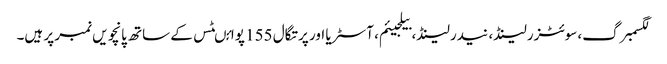
لگسمبرگ، سوئٹزرلینڈ، نیدرلینڈ، بیلجیئم، آسٹریا اور پرتگال 155 پوائںٹس کے ساتھ پانچویں نمبر پر ہیں۔